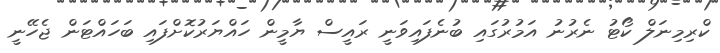
ކްރިމިނަލް ކޯޓު ނެރުނު އަމުރުގައި ބުނެފައިވަނީ ރައީސް ޔާމީން ހައްޔަރުކޮށްފައި ބަހައްޓަން ޖެހޭނީ